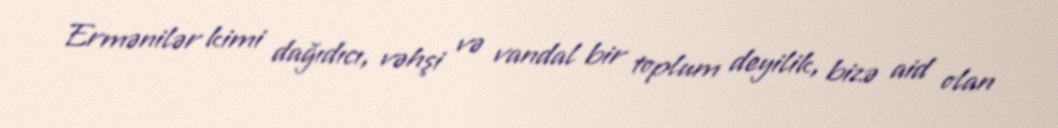
Ermənilər kimi dağıdıcı, vəhşi və vandal bir toplum deyilik, bizə aid olan